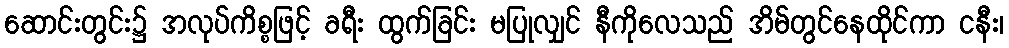
ဆောင်းတွင်း၌ အလုပ်ကိစ္စဖြင့် ခရီး ထွက်ခြင်း မပြုလျှင် နီကိုလေသည် အိမ်တွင်နေထိုင်ကာ ငနီး၊